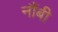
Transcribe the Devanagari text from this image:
नौंबी